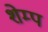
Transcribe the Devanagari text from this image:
शेम्प